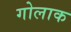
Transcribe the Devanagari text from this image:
गोलाक